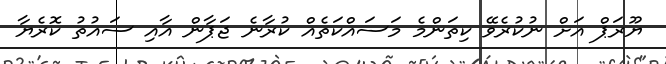
ޔޫރަޕް އަށް ނުކުރެވޭ ކިތަންމެ މަސައްކަތެއް ކުރާނެ ޖަޕާން އާއި ސައުތު ކޮރެޔާ